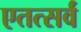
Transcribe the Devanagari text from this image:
एतत्सर्वं